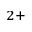
^ { 2 + }